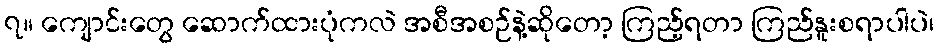
၇။ ကျောင်းတွေ ဆောက်ထားပုံကလဲ အစီအစဉ်နဲ့ဆိုတော့ ကြည့်ရတာ ကြည်နူးစရာပါပဲ၊